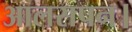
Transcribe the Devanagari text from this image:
आलसपन।